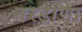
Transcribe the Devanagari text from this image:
नरडाणा